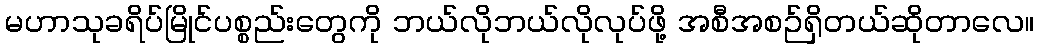
မဟာသုခရိပ်မြိုင်ပစ္စည်းတွေကို ဘယ်လိုဘယ်လိုလုပ်ဖို့ အစီအစဉ်ရှိတယ်ဆိုတာလေ။